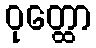
ဝုတ္ထော